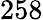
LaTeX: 258